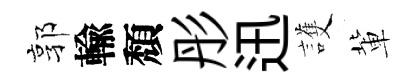
郭輸頽彤迅護軰